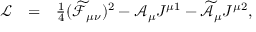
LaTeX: \begin{array} { l l l } { { \mathcal { L } } } & { { = } } & { { \frac { 1 } { 4 } ( \widetilde { \mathcal { F } } _ { \mu \nu } ) ^ { 2 } - \mathcal { A } _ { \mu } J ^ { \mu 1 } - \widetilde { \mathcal { A } } _ { \mu } J ^ { \mu 2 } , } } \end{array}